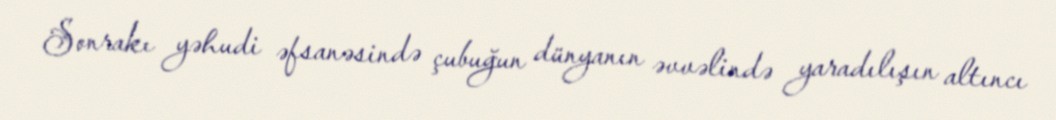
Sonrakı yəhudi əfsanəsində çubuğun dünyanın əvvəlində yaradılışın altıncı